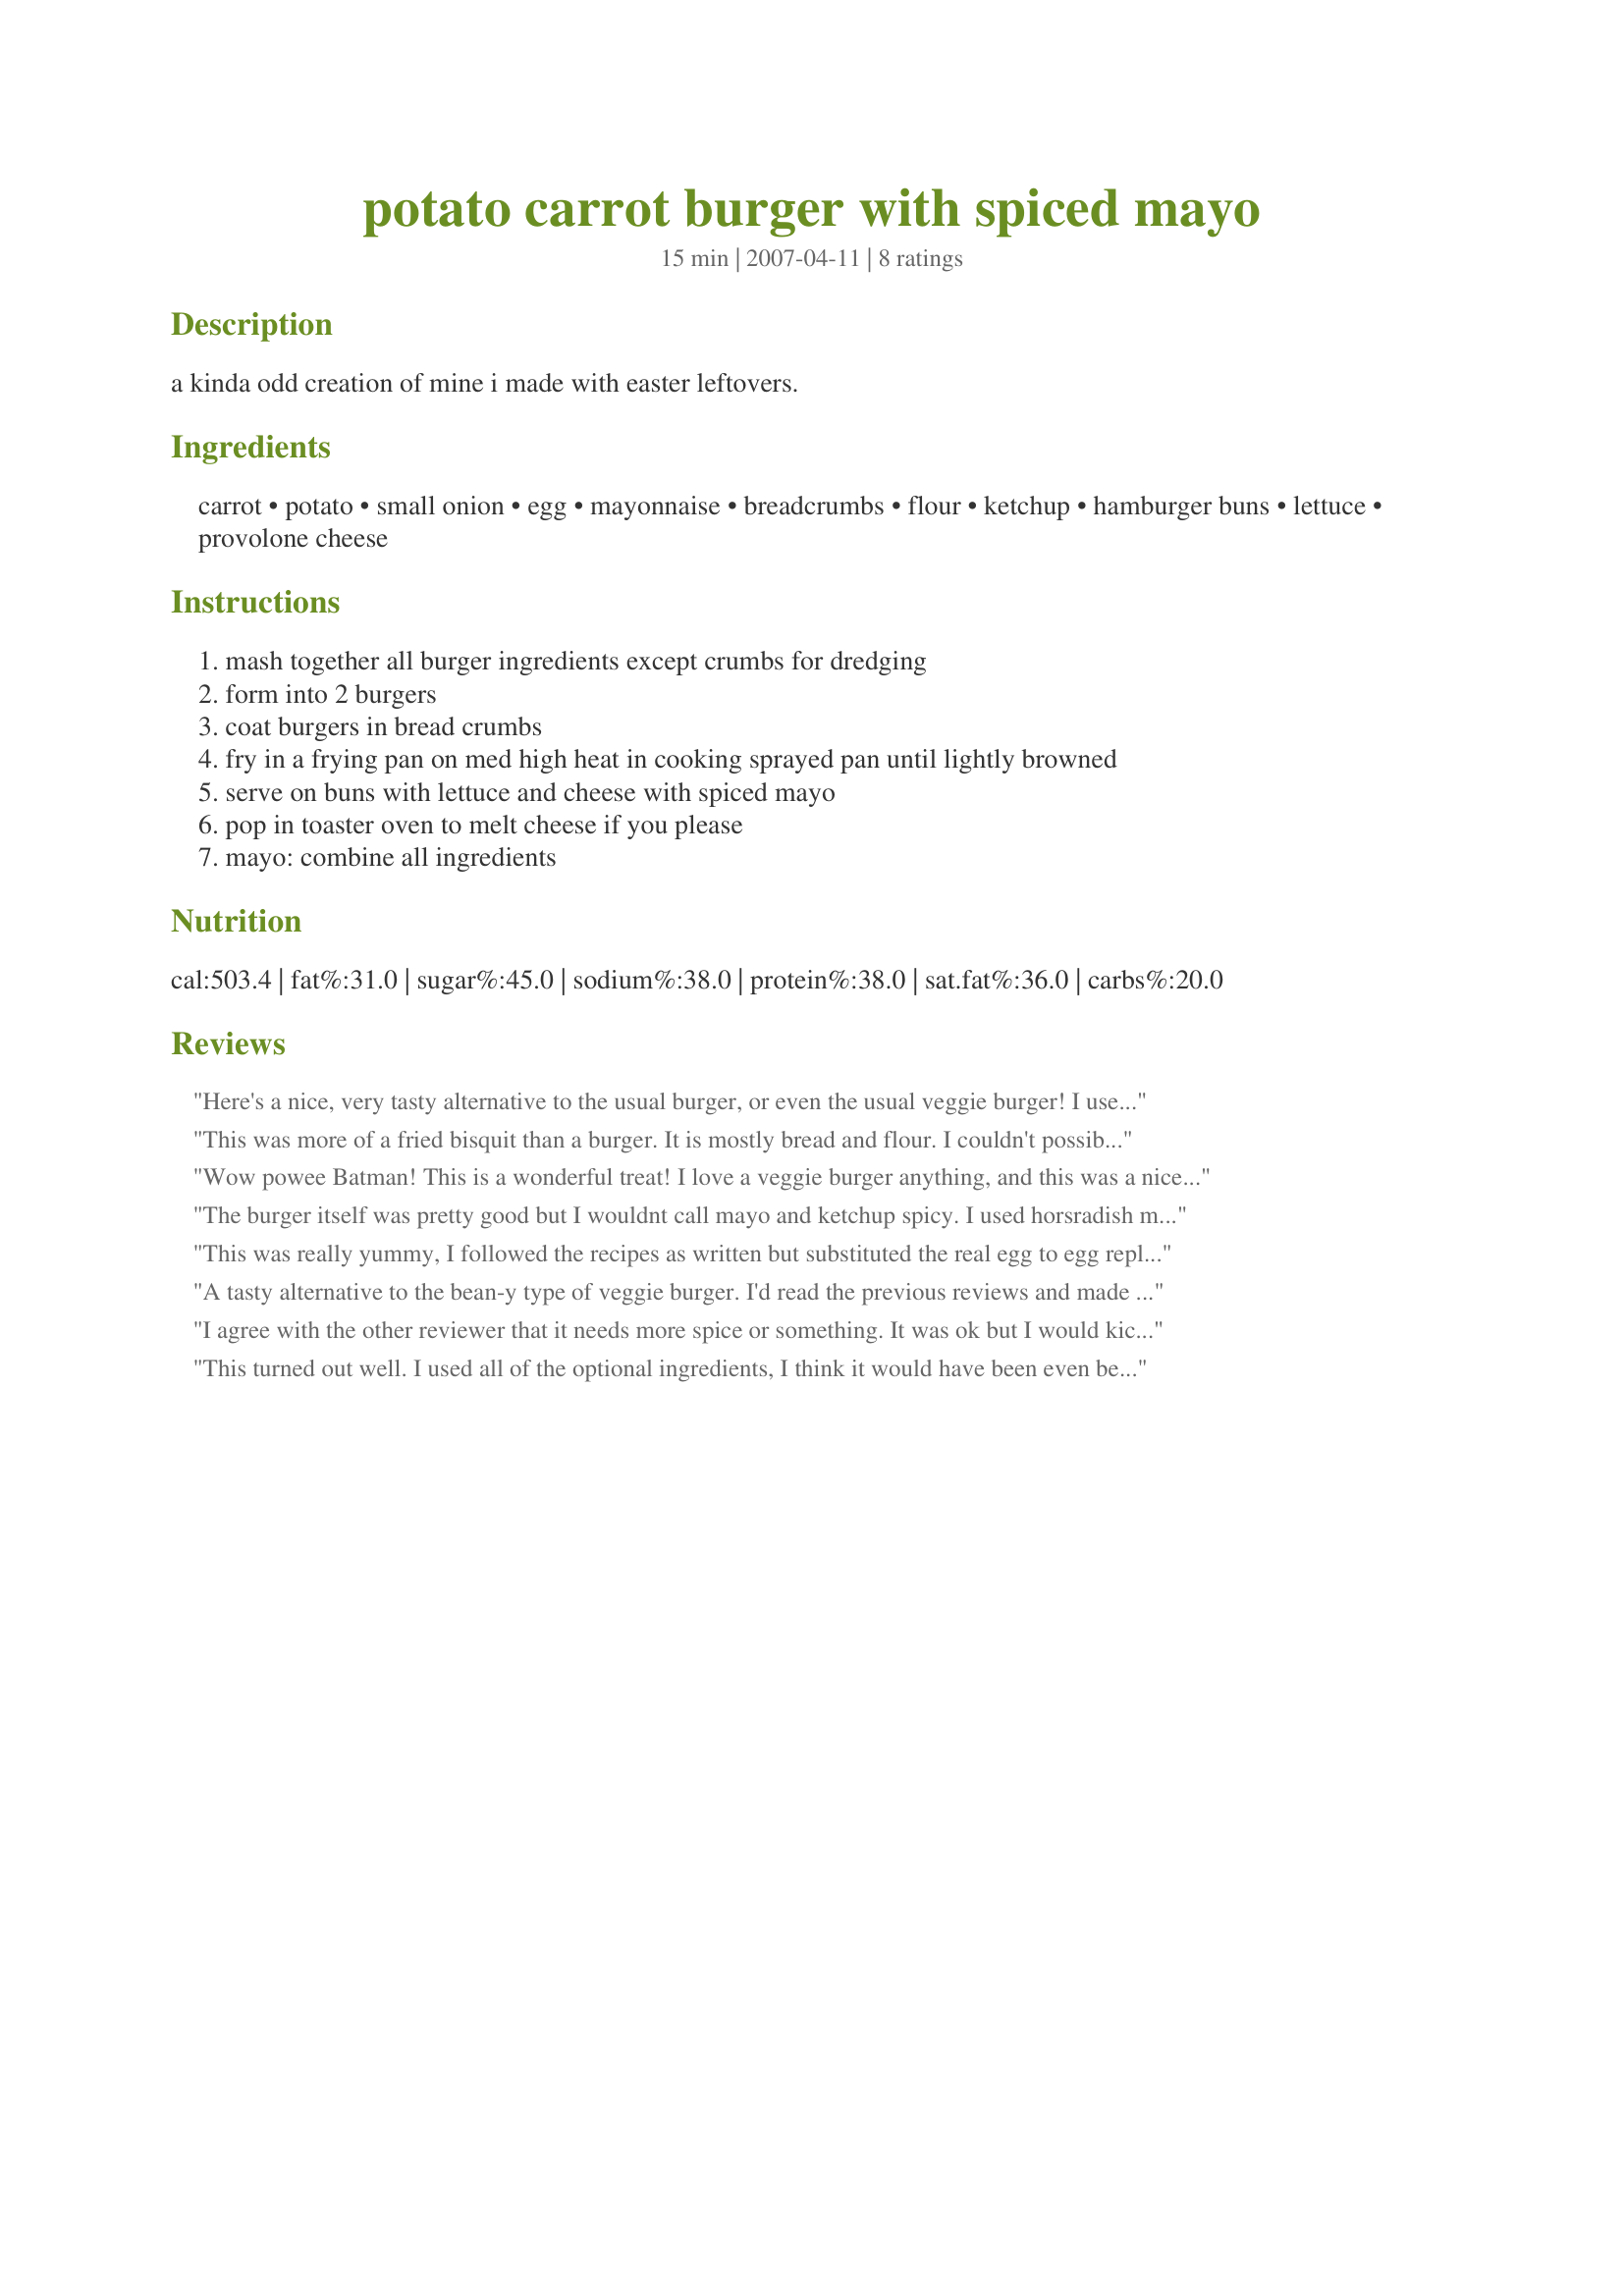
potato carrot burger with spiced mayo
Preparation time: 15 minutes

a kinda odd creation of mine i made with easter leftovers.

Ingredients:
carrot, potato, small onion, egg, mayonnaise, breadcrumbs, flour, ketchup, hamburger buns, lettuce, provolone cheese

Steps:
mash together all burger ingredients except crumbs for dredging
form into 2 burgers
coat burgers in bread crumbs
fry in a frying pan on med high heat in cooking sprayed pan until lightly browned
serve on buns with lettuce and cheese with spiced mayo
pop in toaster oven to melt cheese if you please
mayo: combine all ingredients

Reviews:
Here's a nice, very tasty alternative to the usual burger, or even the usual veggie burger! I used some lemon pepper & garlic salt for seasoning a bit more, but other than than I followed your recipe! Very happy with the results, & I'll be making this again! Thanks for posting! [Tagged, made & reviewed in Please Review My Recipe cooking game]
This was more of a fried bisquit than a burger. It is mostly bread and flour. I couldn't possibly eat it on a bun... Carb overload! I would possibly add other veggies and leave out the flour? I don't know... maybe add beans to hold it together instead. It was also very bland by itself, it could use some garlic and onions perhaps. Happy cooking :)
Wow powee Batman! This is a wonderful treat! I love a veggie burger anything, and this was a nice change from the usual burger. The potatoes and carrots molded nicely together held together delicately by the onion. I used Ener-G egg replacer, and added a bit of very, very, very, hot sauce. I had no trouble with this sticking together, I guess because of the addition onion. I loved the breadcrumb outside, and all of it. Anme, you have a different, delightful veggie burger going on here, and can be made vegan so easily just by replacing the mayo with vegan mayonnaise. I did however, add more hot sauce to the sauce, and made a "Big Mac" sorta of with the bread/lettuce/and sauce. Oh yummy, will make these again, and probably just start eating them regularly.
Thank you so much, we loved this!
The burger itself was pretty good but I wouldnt call mayo and ketchup spicy. I used horsradish mayo for some extra "spice"
This was really yummy, I followed the recipes as written but substituted the real egg to egg replacer and I used soy mayo. The burger patty was soft but I made mine huge so be careful turning them. I thought the burger had a lovely flavour and could be really addictive. I just boiled the carrots and potatoes but I could image the flavour would be more intense if they were roasted. The mayo maybe didn't live up to the name 'spiced' but it was a great combination. I chose to use the hamburger buns (the rest of the family was eating burger and since I don't eat red meat, I didn't want to be left out). The lettuces and provolone cheese is a perfect accompaniment to the burger because the patty had it's own flavour it would be ruin to use strong flavoured fillings. Thank you Anme for a great vegi burger.
A tasty alternative to the bean-y type of veggie burger. I'd read the previous reviews and made sure to season the mixture well; I like spicy and I'm not afraid of the salt shaker, so I added hot paprika and garlic salt.
I'll make these again, especially with left over potatoes.
I agree with the other reviewer that it needs more spice or something. It was ok but I would kick it up with some garlic, cayenne, salt, pepper, probably less flour, and I think I would add some zucchini to the mix. It is a good starting point but to make it again I would have to make quite a few changes.
This turned out well. I used all of the optional ingredients, I think it would have been even better without.
